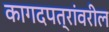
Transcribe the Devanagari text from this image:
कागदपत्रांवरील